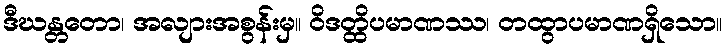
ဒီဃန္တတော၊ အလျားအစွန်းမှ။ ဝိဒတ္ထိပမာဏဿ၊ တထွာပမာဏရှိသော။